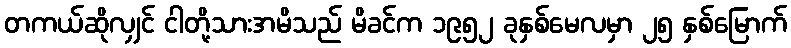
တကယ်ဆိုလျှင် ငါတို့သားအမိသည် မိခင်က ၁၉၅၂ ခုနှစ်မေလမှာ ၂၅ နှစ်မြောက်